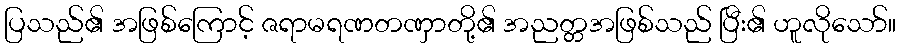
ပြသည်၏ အဖြစ်ကြောင့် ဇရာမရဏတဏှာတို့၏ အညတ္တအဖြစ်သည် ပြီး၏ ဟူလိုသော်။